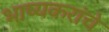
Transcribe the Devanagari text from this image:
भाष्यकरांचे